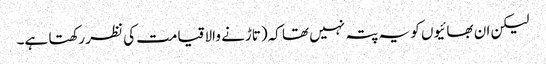
لیکن ان بھائیوں کو یہ پتہ نہیں تھا کہ(تاڑنے والا قیامت کی نظر رکھتا ہے۔